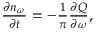
\begin{array} { r } { \frac { \partial n _ { \omega } } { \partial t } = - \frac { 1 } { \pi } \frac { \partial Q } { \partial \omega } , } \end{array}